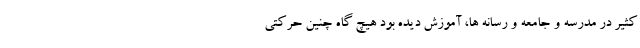
کثیر در مدرسه و جامعه و رسانه ها، آموزش دیده بود هیچ گاه چنین حرکتی